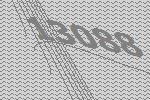
13088